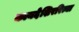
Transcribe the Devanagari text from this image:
कायदेशिररित्या